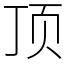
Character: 顶